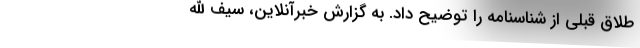
طلاق قبلی از شناسنامه را توضیح داد. به گزارش خبرآنلاین، سیف الله